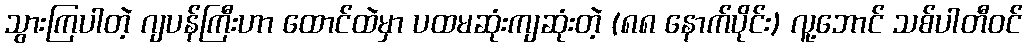
သွားကြပါတဲ့ ဂျပန်ကြီးဟာ ထောင်ထဲမှာ ပထမဆုံးကျဆုံးတဲ့ (၈၈ နောက်ပိုင်း) လူ့ဘောင် သစ်ပါတီဝင်